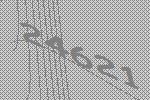
24621